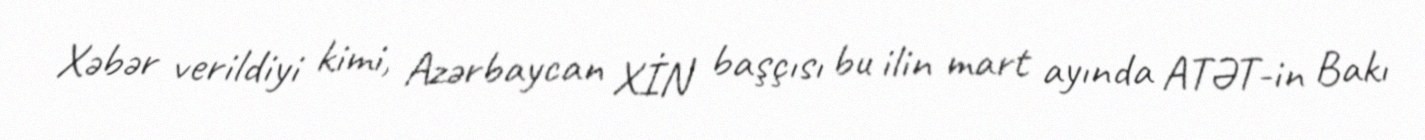
Xəbər verildiyi kimi, Azərbaycan XİN başçısı bu ilin mart ayında ATƏT-in Bakı